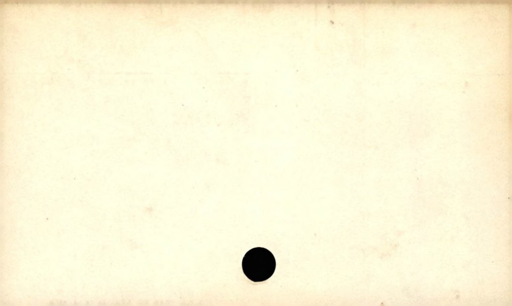
Label: blank